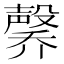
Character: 𪵑